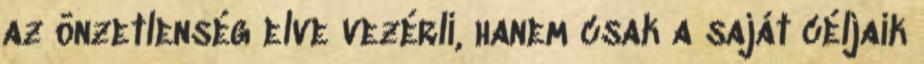
az önzetlenség elve vezérli, hanem csak a saját céljaik